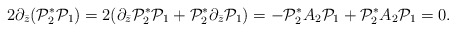
\begin{align*}2\partial_{\bar z}(\mathcal P^*_2\mathcal P_1)=2(\partial_{\bar z}\mathcal P^*_2\mathcal P_1+\mathcal P^*_2\partial_{\bar z}\mathcal P_1)=-\mathcal P^*_2A_2\mathcal P_1+\mathcal P^*_2A_2\mathcal P_1=0. \end{align*}